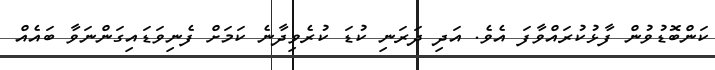
ކަންބޮޑުވުން ފާޅުކުރައްވާފަ އެވެ. އަދި ދަރަނި ކުޑަ ކުރެވިދާނެ ކަމަށް ފެނިވަޑައިގަންނަވާ ބައެއް